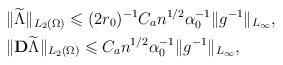
LaTeX: \begin{align*}&\Vert \widetilde{\Lambda}\Vert _{L_2(\Omega)}\leqslant (2r_0)^{-1}C_an^{1/2}\alpha _0^{-1}\Vert g^{-1}\Vert _{L_\infty},\\&\Vert \mathbf{D} \widetilde{\Lambda}\Vert _{L_2(\Omega)}\leqslant C_a n^{1/2}\alpha _0^{-1}\Vert g^{-1}\Vert _{L_\infty},\end{align*}